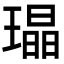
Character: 𤩜